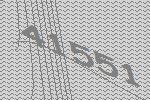
41551